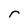
Character: r